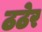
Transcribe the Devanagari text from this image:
ठठेर